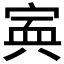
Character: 𡩂